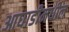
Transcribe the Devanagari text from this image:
आघाडीमधील